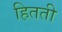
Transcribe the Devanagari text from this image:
हितती